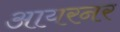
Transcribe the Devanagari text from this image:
आयरनर